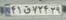
۴۱ق۷۲۴۲۹